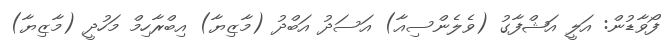
ފޯވާޑުން: އަލީ އަޝްފާގު (ވެލެންސިއާ) އަސަދު އަބްދު (މާޒިޔާ) އިބްރާހިމް މަހުދީ (މާޒިޔާ)